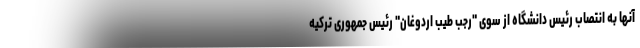
آنها به انتصاب رئیس دانشگاه از سوی "رجب طیب اردوغان" رئیس جمهوری ترکیه